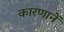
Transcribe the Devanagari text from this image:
कारणानें